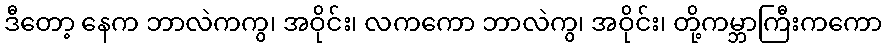
ဒီတော့ နေက ဘာလဲကကွ၊ အဝိုင်း၊ လကကော ဘာလဲကွ၊ အဝိုင်း၊ တို့ကမ္ဘာကြီးကကော